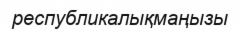
республикалықмаңызы